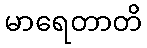
မာရေတာတိ